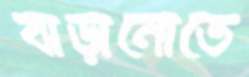
বাড়ানোতে